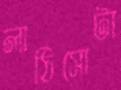
লাঠিসোটা